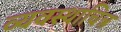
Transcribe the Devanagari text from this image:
व्यवस्थाचित्र